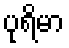
ပုရိမာ